Vital statistics of India. Vol. IV, Annual returns from 1871 to 1876. British Army of India, Native Army and jails of Bengal
Year: 1871
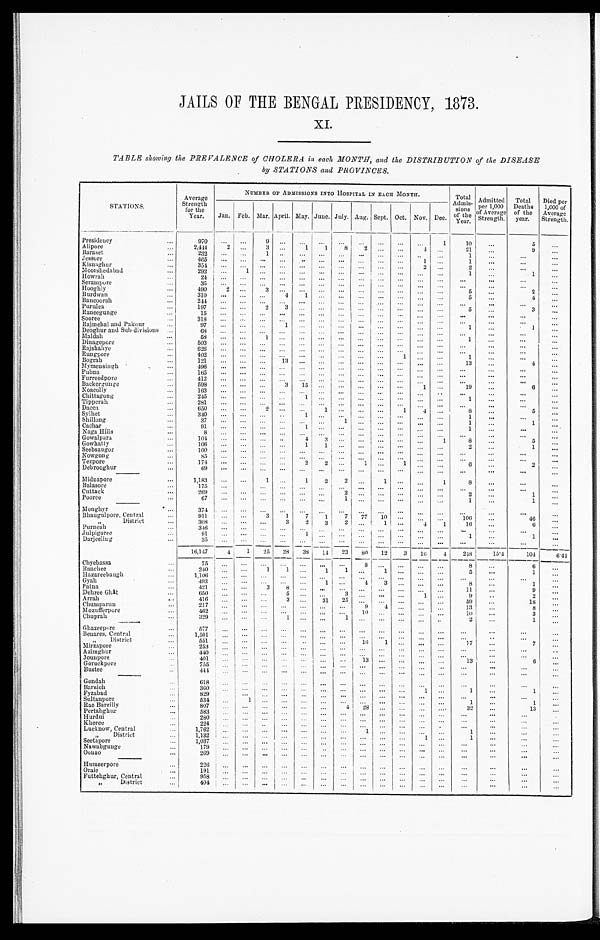
JAILS OF THE BENGAL PRESIDENCY, 1873.
XI.
TABLE showing the PREVALENCE of CHOLERA in each MONTH, and the DISTRIBUTION of the DISEASE
by STATIONS and PROVINCES.
STATIONS.
A verage
Strength
the
for
Year.
NUMBER OF ADMISSIONS INTO HOSPITAL IN EACH MONTH.
Total
Admis-
sions
of the Year.
Admitted
per 1,000
of Average
Strength.
Total
Deaths
of the
year.
Died per
1,000 of
Average
Strength.
Jan. Feb. Mar. April. May. June. July. Aug. Sept. Oct. Nov. Dee.
Presidency ...
970
. . . . . . 9
. . .
. . .
... ...
. . .
... ...
. . . 1
10
. . .
5
. . .
Alipore ...
2,444
2 . . .
3
. . .
1
1
8
2 ... ...
4
. . .
21
. . .
9
. . .
Baraset ...
232
. . .
. . . 1
. . . . . .
. . .
. . . . . .
. . .
. . .
. . .
. . .
1
. . .
. . .
. . .
Jessore ...
465
. . .
. . .
. . .
. . .
. . .
. . . ...
. . .
. . .
. . .
1 ...
1
. . .
. . .
. . .
Kisnaghur ...
354
. . .
. . . ...
. . . . . .
. . . ...
. . . ... ...
2 ...
2 ...
. . .
. . .
Moorshedabad ...
292
. . .
1 ...
. . .
. . . ... ...
. . . ... ...
. . . ...
1 ...
1
. . .
Howrah ...
24
. . .
. . .
. . .
. . . . . .
. . . ...
. . .
. . .
. . .
. . .
. . .
. . .
. . .
. . .
. . .
Serampore ...
35
. . .
. . .
. . .
. . .
. . .
. . . ...
. . .
. . .
. . .
. . .
. . .
. . . ...
. . .
. . .
Hooghly ...
490
2 . . .
3
. . .
. . . ... ...
. . . ... ...
. . . ...
5
. . .
2
. . .
Burdwan ...
310
. . .
. . .
. . . 4
1
. . . ...
. . .
. . .
. . .
. . .
. . .
5
. . .
4
. . .
Bancoorah
...
244
. . .
. . .
. . . . . .
. . . ... ...
. . . ...
. . .
. . . ...
. . .
. . .
. . .
. . .
Purulea ...
197
. . .
. . .
2
3
. . . . . . ...
. . . ... ...
. . .
. . .
5 ...
3
. . .
Raneegunge ...
15
. . . . . .
. . . . . .
. . .
. . . ...
. . .
. . .
. . .
. . .
. . .
. . .
. . .
. . . ...
Sooree ...
318
. . .
. . .
. . .
. . .
. . .
. . . ...
. . .
. . .
. . .
. . .
. . .
. . .
. . .
. . .
. . .
Rajmehal and Pakour ...
97
. . .
. . . ...
1
. . . ... ...
. . . ... ...
. . . ...
1
. . . 1
...
Deoghur and Sub divisions ...
68
. . .
. . . ...
. . .
. . . ...
...
. . . . . .
. . .
. . . ...
. . .
. . .
. . . ...
Maldah ...
58
. . . . . .
1
. . . . . .
. . . ...
. . .
. . .
. . .
. . . . . .
1
. . .
. . .
. . .
Dinagepore ...
503
. . .
. . .
. . . . . .
. . .
. . . ...
. . .
. . .
. . .
. . .
. . .
. . .
. . .
. . .
. . .
Rajshahye ...
6 2 6
. . .
. . .
. . . . . .
. . . . . . ...
. . .
. . .
. . .
. . .
. . .
. . .
. . .
. . . ...
Rungpore ...
4 0 2
. . .
. . .
. . . . . .
. . . ... ...
. . .
. . .
1
. . . . . .
1
. . .
. . .
. . .
Bograh ...
121
. . .
. . .
. . .
1 3
. . . ... ...
. . . ...
. . . . . .
. . .
13
. . .
4
. . .
Mymensingh ...
496
. . .
. . . ...
. . . . . .
. . . ...
. . .
. . .
. . .
. . . ...
. . .
. . .
. . .
. . .
Pubna ...
1 6 5
. . .
. . . ...
. . .
. . . ... ...
. . . ... ...
. . . ...
. . .
. . .
. . .
. . .
Furreedpore ...
4 1 2
. . .
. . . ...
. . .
. . . ... ...
. . .
. . . ...
. . . . . .
. . . ...
. . .
. . .
Backergunge ...
5 9 8
. . .
. . . ...
3
1 5 ... ...
. . . ... ...
1 . . .
19
. . .
6 ...
Noacolly ...
163
. . .
. . . ...
. . .
. . . ... ...
. . .
. . . ...
. . .
. . .
. . . ...
. . .
. . .
Chittagong ...
245
. . . . . . ...
. . .
1 ... ...
. . . ... ...
. . . ...
1
. . .
. . .
. . .
Tipperah ...
281
. . .
. . . ...
. . .
. . . ... ...
. . . ... ...
. . . ...
. . .
. . .
. . .
. . .
Dacca ...
650
. . .
. . . 2
. . .
. . . 1
...
. . .
. . .
1
4 ...
8 ...
5
. . .
Sylhet...
340
. . .
. . . ...
. . .
1 ... ...
. . . ...
. . .
. . . ...
1
. . .
. . . ...
Shillong ...
37
. . . . . .
. . .
. . .
. . .
... 1
. . .
. . .
. . .
. . .
. . .
1 ...
1 ...
Cachar ...
91
. . . . . .
. . .
. . .
1
. . .
. . .
. . . . . . ...
. . .
. . .
1
. . .
. . .
. . .
Naga Hills ...
8
. . . . . .
. . .
. . .
. . .
. . .
. . .
. . .
. . . ...
. . . . . .
. . . ...
...
. . .
Gowalpara ...
1 0 4
. . .
. . . ...
. . . 4 3
. . . . . .
. . . ...
. . .
1
8 ...
5
. . .
Gowhatty ...
106
. . .
. . . ...
. . . 1
1
. . .
. . . ... ...
. . .
. . .
2
. . .
1
. . .
Seebsaugor ...
100
. . .
. . .
. . .
. . .
. . .
... . . .
. . .
. . .
. . .
. . .
. . .
. . .
. . .
. . . ...
Nowgong ...
85
. . .
. . . ...
. . . . . .
. . .
. . .
. . .
. . .
. . .
. . .
. . .
. . .
. . .
. . .
. . .
Tezpore ...
1 7 4
. . .
. . . ...
. . .
2 2
. . . 1
. . .
1
. . . . . .
6
. . .
2 ...
Debrooghur ...
69
. . .
. . . ...
. . .
. . .
...
. . .
. . .
...
. . .
. . . ...
. . .
. . .
. . .
. . .
Midnapore ...
1,183
. . .
. . .
1 . . .
1
2
2
. . .
1
. . .
. . .
1
8
. . .
. . .
. . .
Balasore ...
175
. . .
. . .
. . . . . .
. . .
. . .
. . .
. . .
. . .
. . . . . .
. . .
. . .
. . .
. . .
Cuttack ...
269
. . .
. . .
. . .
. . . . . .
. . .
2
. . . ... ...
. . . ...
2 ...
1 ...
Pooree ...
6 7 . . .
. . . ...
. . .
. . . ...
1
. . . ... ...
. . . ...
1
. . .
1 ...
M o n g h y r
. . .
374
. . .
. . .
. . .
. . .
. . .
. . .
. . .
. . .
. . .
. . .
. . . ...
. . .
. . .
. . . ...
Bhaugulpore, Central ...
911
. . .
. . .
3
1
7
1
7 77 10
. . .
. . . . . .
106
. . .
46
. . .
District ...
308
. . .
. . .
. . .
3
2
3
2
. . .
1
. . .
4
1
16
. . .
6
. . .
Purneah...
3 4 6
. . .
. . . ...
. . .
. . .
. . .
. . .
. . .
. . .
...
. . .
. . . . . . ...
. . .
. . .
Julpigoree ...
9 1
. . .
. . . ...
. . .
1
. . . . . .
. . .
. . . ...
. . .
. . .
1
. . .
1
. . .
Darjeeling
...
35
. . .
. . .
. . .
. . . . . .
. . .
. . .
. . .
. . .
. . .
. . .
. . .
. . . ...
. . . ...
16,147
4
1 25 28 38 14 23 80 12
3 16
4
248
15.4
104
6. 44
Chyebassa ...
75
... ...
. . .
. . .
. . .
. . . ...
8
. . .
. . .
. . . ...
8
. . .
6
. . .
Ranchee
... 240
... ...
1
1 . . .
1
1
. . .
1
. . .
...
...
5
. . .
1
. . .
Hazareebaugh ...
1,106 ... ...
. . .
. . .
. . .
. . . . . .
... . . .
. . . ...
...
. . .
. . .
. . .
. . .
Gyah . . .
493
... ...
. . .
. . .
. . . 1
. . .
4
3
. . . . . .
. . .
8
. . .
1
. . .
Patna ...
421 ... ...
3
8 . . .
. . . . . .
. . .
. . .
. . .
... ...
11
. . .
9
. . .
Dehree Ghat ...
650
. . . ...
. . .
5
. . .
. . . 3 ... . . .
. . .
1 ...
9
. . .
2
. . .
Arrah ...
4 1 6 ... ...
. . . 3 . . .
31 25
. . .
. . . . . .
. . .
. . .
59
. . .
1 8
. . .
Chumparun ...
217 ...
. . .
. . .
. . .
. . .
. . .
. . .
9
4
. . . ... ...
13
. . .
8
. . .
Mozufferpore ...
462 ...
. . .
. . .
. . .
. . .
. . .
. . .
10
. . . . . .
...
. . .
10
. . .
3
. . .
Chuprah ...
329
. . .
. . .
. . .
1 . . .
. . .
1
. . .
. . .
. . .
. . . ...
2
. . .
1
. . .
Ghazeepore ...
577
. . .
. . .
. . .
. . . . . .
. . .
. . .
. . .
. . .
. . .
. . .
. . .
. . .
. . .
. . .
. . .
Benares, Central ...
1,501
. . . ... . . .
. . .
. . .
. . .
. . . ...
. . . . . .
. . .
. . .
. . .
. . .
. . .
. . .
" District ...
551
. . .
. . .
. . .
. . .
. . .
. . .
. . .
16
1
. . .
. . .
. . .
17
. . .
7
. . .
Mirzapore ...
253 ... ...
. . .
. . .
. . .
. . . ... ...
. . .
. . . ... ...
. . .
. . .
. . .
. . .
Azimghur ...
440 ... ...
. . .
. . .
. . .
. . . ... ...
. . . . . .
. . .
. . .
. . .
. . .
. . .
. . .
Jounpore ...
401
. . . ...
. . . . . .
. . .
. . . . . . 13
. . .
. . . ... ... 13
. . .
6
. . .
Goruckpore ...
755
. . . ...
. . .
. . .
. . . . . .
. . .
. . .
. . .
. . .
. . . ...
. . .
. . .
. . .
. . .
Bustee ...
4 4 4 ... ...
. . .
. . .
. . .
. . . ... ...
. . .
. . . ... ...
. . .
. . .
. . .
. . .
Gondah ...
618
... . . .
. . .
. . .
. . .
. . .
. . .
. . .
. . .
. . .
. . .
. . .
. . .
. . .
. . .
. . .
Baraich ...
3 6 0 ... ...
. . .
. . .
. . . . . .
. . .
. . .
. . .
. . .
1
. . .
1
. . .
1
. . .
Fyzabad ...
829 . . .
. . .
. . .
. . .
. . .
. . . . . .
. . .
. . .
. . .
. . .
. . .
. . .
. . .
. . .
. . .
Sultaupore ...
534
...
1
. . .
. . .
. . .
. . . ... ...
. . .
. . . ... ...
1
. . .
1
. . .
Rae Bareilly ...
807 ... ...
. . .
. . .
. . . . . .
4
2 8 . . .
. . .
. . .
...
32
. . .
13
. . .
Pertabghur ...
5 8 3 ... ...
. . . . . .
. . .
. . . ...
...
. . .
. . . ... ...
. . .
. . .
. . .
. . .
Hurdui ...
280
. . . ...
. . .
. . .
. . .
. . .
. . .
. . .
. . .
. . .
. . .
. . .
. . .
. . .
. . .
. . .
Kheree ...
224
. . . ...
. . .
. . .
. . .
. . . ...
...
. . . . . .
...
. . .
. . .
. . .
. . .
. . .
Lucknow, Central ...
1 , 7 6 2 ... ...
. . .
. . .
. . .
. . . ...
1 . . . . . .
. . . ...
1
. . .
. . .
. . .
L u c k n o w D i s t r i c t . . .
1,132
. . . ...
. . . . . .
. . .
. . .
. . .
. . .
. . .
. . . 1 ...
1
. . .
. . .
. . .
Seetapore ...
1,037
. . . ...
. . .
. . .
. . .
. . .
. . .
. . .
. . .
. . . ... ...
. . .
. . .
. . .
. . .
Nawabgunge ...
179
. . .
. . .
. . .
. . .
. . .
. . .
. . .
. . .
. . .
. . .
. . .
. . .
. . .
. . .
. . .
. . .
Oonao ...
269
. . .
. . .
. . .
. . .
. . . . . .
. . .
. . .
. . .
. . . ...
. . .
. . .
. . .
. . .
. . .
Humeerpore ...
2 2 6 ... ...
. . . . . .
. . .
. . .
. . .
. . .
. . .
. . .
. . .
. . .
. . .
. . .
. . .
. . .
Oraie ...
191 ...
. . .
. . . . . .
. . .
. . . ... ...
. . .
. . .
...
...
. . .
. . .
. . .
. . .
Fut t ehghur , Cent r al . . .
958
... ...
. . .
. . . . . .
. . . ... ...
. . .
. . .
...
...
. . .
. . .
. . .
. . .
F u t t e h g h u r , D i s t r i c t
. . . 404
... ...
. . .
. . .
. . .
. . .
... ...
. . .
. . .
...
. . .
. . .
. . .
. . .
. . .